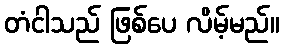
တံငါသည် ဖြစ်ပေ လိမ့်မည်။